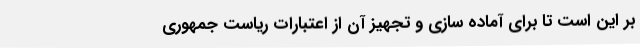
بر این است تا برای آماده سازی و تجهیز آن از اعتبارات ریاست جمهوری